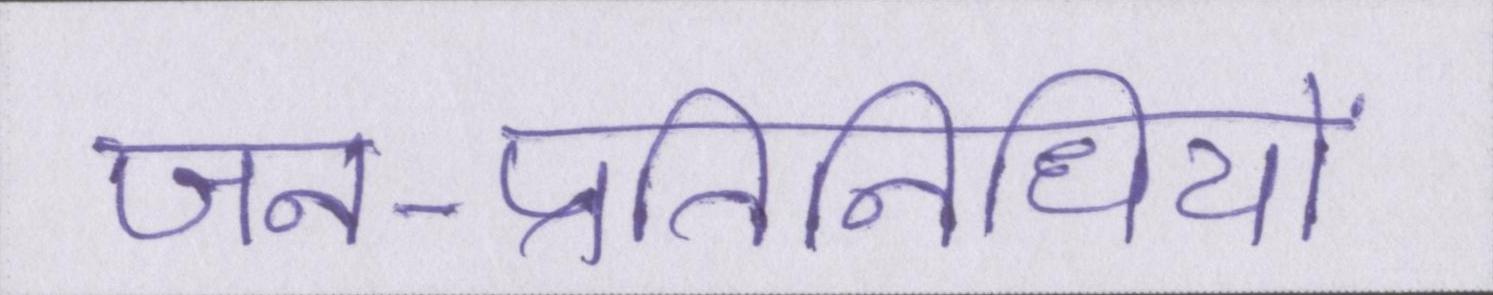
जन-प्रतिनिधियों